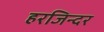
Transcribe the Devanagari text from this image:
हरजिन्दर